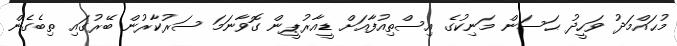
މުޙައްމަދު ވަހީދު ޙަސަން މަނިކުގެ އިސްތިއުފާއަށް ޑީއާރުޕީން ގޮވާނަމަ ސަރުކާރުން ބޭރުގައި ތިބެގެން